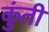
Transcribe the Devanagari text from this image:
कुुंती